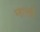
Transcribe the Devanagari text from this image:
म्हारडी